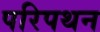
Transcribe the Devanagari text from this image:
परिपथन